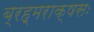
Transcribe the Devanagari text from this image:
ब्रह्मराक्षसः